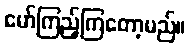
မော်ကြည့်ကြတော့မည်။